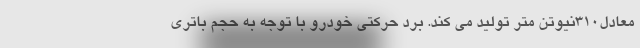
معادل310نیوتن متر تولید می کند. برد حرکتی خودرو با توجه به حجم باتری